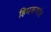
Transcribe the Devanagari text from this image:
हिमकणांत